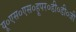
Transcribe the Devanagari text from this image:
यू०एस०एस०हूपर०डी०डी०जी